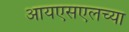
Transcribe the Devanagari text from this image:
आयएसएलच्या